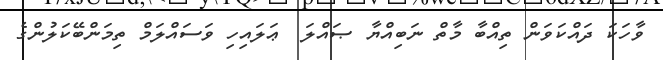
ވާހަކަ ދައްކަވަން ތިއްބާ މާތް ނަބިއްޔާ ޞައްލަ  ޢަލައިހި ވަސައްލަމް ތިމަންބޭކަލުންގެ